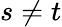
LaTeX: s\neq t